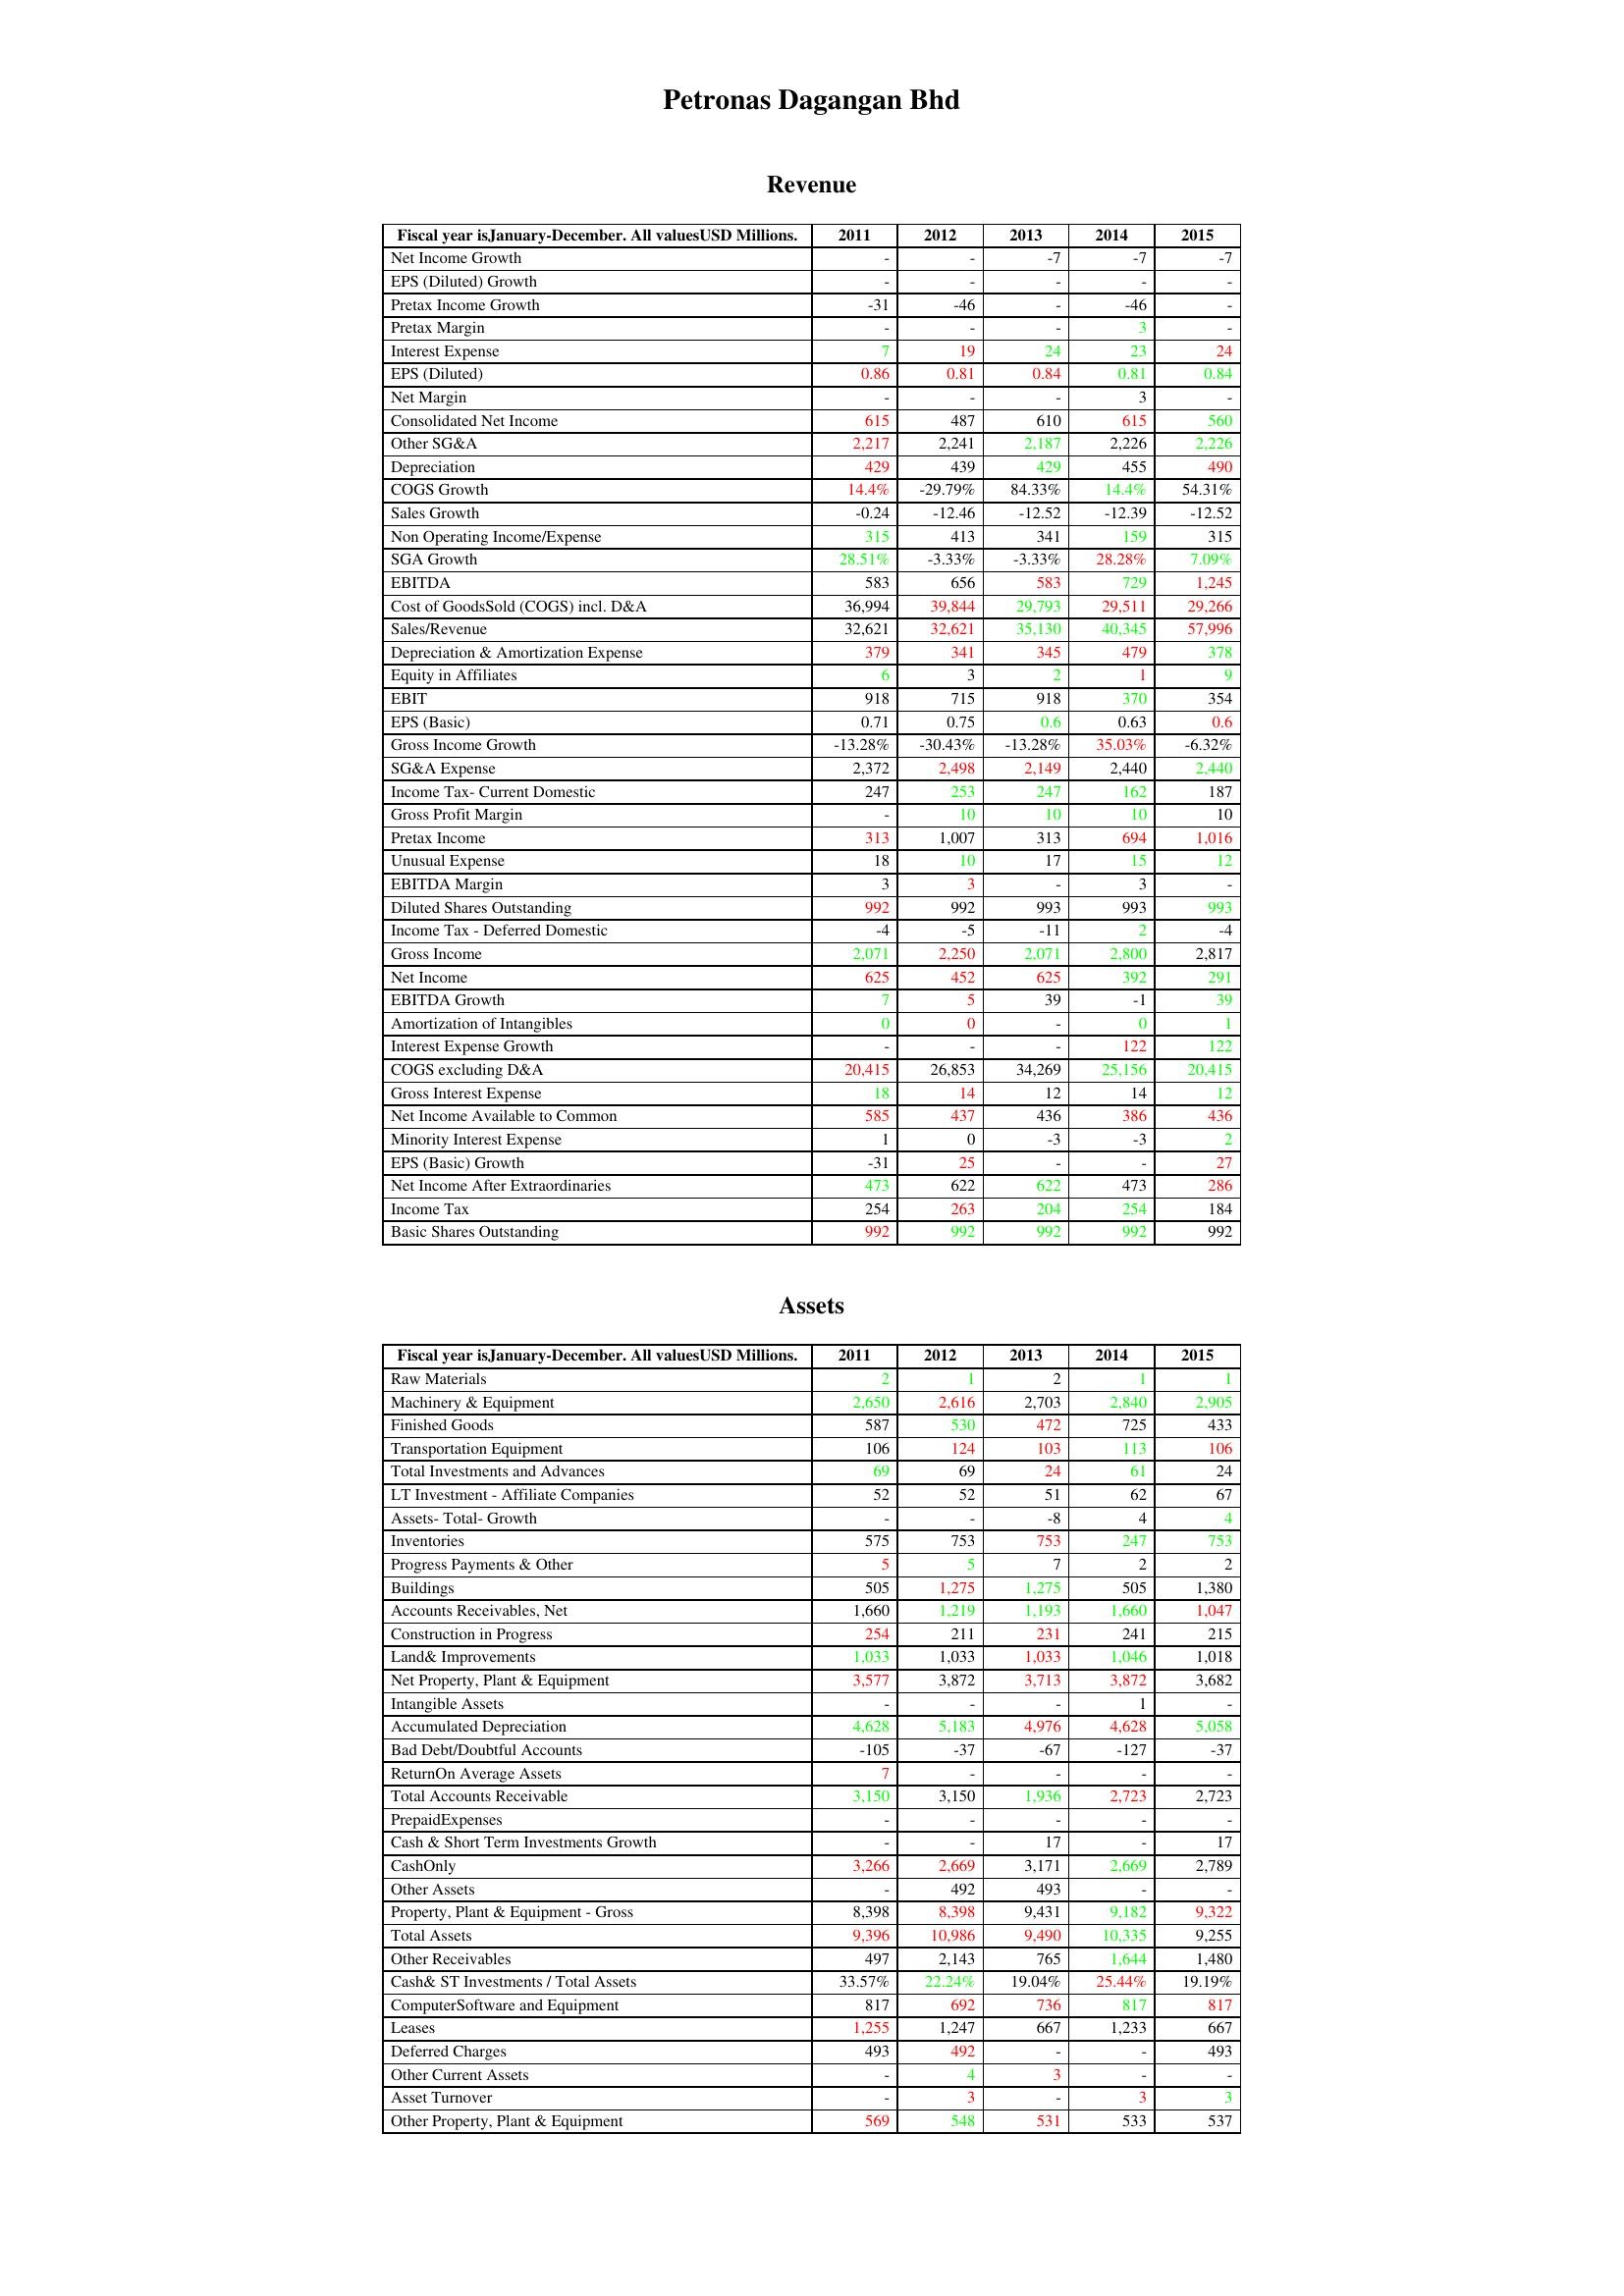
gt_parse: 2011: Revenue: Net Income Growth: -
EPS (Diluted) Growth: -
Pretax Income Growth: -31
Pretax Margin: -
Interest Expense: 7
EPS (Diluted): 0.86
Net Margin: -
Consolidated Net Income: 615
Other SG&A: 2,217
Depreciation: 429
COGS Growth: 14.4%
Sales Growth: -0.24
Non Operating Income/Expense: 315
SGA Growth: 28.51%
EBITDA: 583
Cost of GoodsSold (COGS) incl. D&A: 36,994
Sales/Revenue: 32,621
Depreciation & Amortization Expense: 379
Equity in Affiliates: 6
EBIT: 918
EPS (Basic): 0.71
Gross Income Growth: -13.28%
SG&A Expense: 2,372
Income Tax- Current Domestic: 247
Gross Profit Margin: -
Pretax Income: 313
Unusual Expense: 18
EBITDA Margin: 3
Diluted Shares Outstanding: 992
Income Tax - Deferred Domestic: -4
Gross Income: 2,071
Net Income: 625
EBITDA Growth: 7
Amortization of Intangibles: 0
Interest Expense Growth: -
COGS excluding D&A: 20,415
Gross Interest Expense: 18
Net Income Available to Common: 585
Minority Interest Expense: 1
EPS (Basic) Growth: -31
Net Income After Extraordinaries: 473
Income Tax: 254
Basic Shares Outstanding: 992
Assets: Raw Materials: 2
Machinery & Equipment: 2,650
Finished Goods: 587
Transportation Equipment: 106
Total Investments and Advances: 69
LT Investment - Affiliate Companies: 52
Assets- Total- Growth: -
Inventories: 575
Progress Payments & Other: 5
Buildings: 505
Accounts Receivables, Net: 1,660
Construction in Progress: 254
Land& Improvements: 1,033
Net Property, Plant & Equipment: 3,577
Intangible Assets: -
Accumulated Depreciation: 4,628
Bad Debt/Doubtful Accounts: -105
ReturnOn Average Assets: 7
Total Accounts Receivable: 3,150
PrepaidExpenses: -
Cash & Short Term Investments Growth: -
CashOnly: 3,266
Other Assets: -
Property, Plant & Equipment - Gross : 8,398
Total Assets: 9,396
Other Receivables: 497
Cash& ST Investments / Total Assets: 33.57%
ComputerSoftware and Equipment: 817
Leases: 1,255
Deferred Charges: 493
Other Current Assets: -
Asset Turnover: -
Other Property, Plant & Equipment: 569
2012: Revenue: Net Income Growth: -
EPS (Diluted) Growth: -
Pretax Income Growth: -46
Pretax Margin: -
Interest Expense: 19
EPS (Diluted): 0.81
Net Margin: -
Consolidated Net Income: 487
Other SG&A: 2,241
Depreciation: 439
COGS Growth: -29.79%
Sales Growth: -12.46
Non Operating Income/Expense: 413
SGA Growth: -3.33%
EBITDA: 656
Cost of GoodsSold (COGS) incl. D&A: 39,844
Sales/Revenue: 32,621
Depreciation & Amortization Expense: 341
Equity in Affiliates: 3
EBIT: 715
EPS (Basic): 0.75
Gross Income Growth: -30.43%
SG&A Expense: 2,498
Income Tax- Current Domestic: 253
Gross Profit Margin: 10
Pretax Income: 1,007
Unusual Expense: 10
EBITDA Margin: 3
Diluted Shares Outstanding: 992
Income Tax - Deferred Domestic: -5
Gross Income: 2,250
Net Income: 452
EBITDA Growth: 5
Amortization of Intangibles: 0
Interest Expense Growth: -
COGS excluding D&A: 26,853
Gross Interest Expense: 14
Net Income Available to Common: 437
Minority Interest Expense: 0
EPS (Basic) Growth: 25
Net Income After Extraordinaries: 622
Income Tax: 263
Basic Shares Outstanding: 992
Assets: Raw Materials: 1
Machinery & Equipment: 2,616
Finished Goods: 530
Transportation Equipment: 124
Total Investments and Advances: 69
LT Investment - Affiliate Companies: 52
Assets- Total- Growth: -
Inventories: 753
Progress Payments & Other: 5
Buildings: 1,275
Accounts Receivables, Net: 1,219
Construction in Progress: 211
Land& Improvements: 1,033
Net Property, Plant & Equipment: 3,872
Intangible Assets: -
Accumulated Depreciation: 5,183
Bad Debt/Doubtful Accounts: -37
ReturnOn Average Assets: -
Total Accounts Receivable: 3,150
PrepaidExpenses: -
Cash & Short Term Investments Growth: -
CashOnly: 2,669
Other Assets: 492
Property, Plant & Equipment - Gross : 8,398
Total Assets: 10,986
Other Receivables: 2,143
Cash& ST Investments / Total Assets: 22.24%
ComputerSoftware and Equipment: 692
Leases: 1,247
Deferred Charges: 492
Other Current Assets: 4
Asset Turnover: 3
Other Property, Plant & Equipment: 548
2013: Revenue: Net Income Growth: -7
EPS (Diluted) Growth: -
Pretax Income Growth: -
Pretax Margin: -
Interest Expense: 24
EPS (Diluted): 0.84
Net Margin: -
Consolidated Net Income: 610
Other SG&A: 2,187
Depreciation: 429
COGS Growth: 84.33%
Sales Growth: -12.52
Non Operating Income/Expense: 341
SGA Growth: -3.33%
EBITDA: 583
Cost of GoodsSold (COGS) incl. D&A: 29,793
Sales/Revenue: 35,130
Depreciation & Amortization Expense: 345
Equity in Affiliates: 2
EBIT: 918
EPS (Basic): 0.6
Gross Income Growth: -13.28%
SG&A Expense: 2,149
Income Tax- Current Domestic: 247
Gross Profit Margin: 10
Pretax Income: 313
Unusual Expense: 17
EBITDA Margin: -
Diluted Shares Outstanding: 993
Income Tax - Deferred Domestic: -11
Gross Income: 2,071
Net Income: 625
EBITDA Growth: 39
Amortization of Intangibles: -
Interest Expense Growth: -
COGS excluding D&A: 34,269
Gross Interest Expense: 12
Net Income Available to Common: 436
Minority Interest Expense: -3
EPS (Basic) Growth: -
Net Income After Extraordinaries: 622
Income Tax: 204
Basic Shares Outstanding: 992
Assets: Raw Materials: 2
Machinery & Equipment: 2,703
Finished Goods: 472
Transportation Equipment: 103
Total Investments and Advances: 24
LT Investment - Affiliate Companies: 51
Assets- Total- Growth: -8
Inventories: 753
Progress Payments & Other: 7
Buildings: 1,275
Accounts Receivables, Net: 1,193
Construction in Progress: 231
Land& Improvements: 1,033
Net Property, Plant & Equipment: 3,713
Intangible Assets: -
Accumulated Depreciation: 4,976
Bad Debt/Doubtful Accounts: -67
ReturnOn Average Assets: -
Total Accounts Receivable: 1,936
PrepaidExpenses: -
Cash & Short Term Investments Growth: 17
CashOnly: 3,171
Other Assets: 493
Property, Plant & Equipment - Gross : 9,431
Total Assets: 9,490
Other Receivables: 765
Cash& ST Investments / Total Assets: 19.04%
ComputerSoftware and Equipment: 736
Leases: 667
Deferred Charges: -
Other Current Assets: 3
Asset Turnover: -
Other Property, Plant & Equipment: 531
2014: Revenue: Net Income Growth: -7
EPS (Diluted) Growth: -
Pretax Income Growth: -46
Pretax Margin: 3
Interest Expense: 23
EPS (Diluted): 0.81
Net Margin: 3
Consolidated Net Income: 615
Other SG&A: 2,226
Depreciation: 455
COGS Growth: 14.4%
Sales Growth: -12.39
Non Operating Income/Expense: 159
SGA Growth: 28.28%
EBITDA: 729
Cost of GoodsSold (COGS) incl. D&A: 29,511
Sales/Revenue: 40,345
Depreciation & Amortization Expense: 479
Equity in Affiliates: 1
EBIT: 370
EPS (Basic): 0.63
Gross Income Growth: 35.03%
SG&A Expense: 2,440
Income Tax- Current Domestic: 162
Gross Profit Margin: 10
Pretax Income: 694
Unusual Expense: 15
EBITDA Margin: 3
Diluted Shares Outstanding: 993
Income Tax - Deferred Domestic: 2
Gross Income: 2,800
Net Income: 392
EBITDA Growth: -1
Amortization of Intangibles: 0
Interest Expense Growth: 122
COGS excluding D&A: 25,156
Gross Interest Expense: 14
Net Income Available to Common: 386
Minority Interest Expense: -3
EPS (Basic) Growth: -
Net Income After Extraordinaries: 473
Income Tax: 254
Basic Shares Outstanding: 992
Assets: Raw Materials: 1
Machinery & Equipment: 2,840
Finished Goods: 725
Transportation Equipment: 113
Total Investments and Advances: 61
LT Investment - Affiliate Companies: 62
Assets- Total- Growth: 4
Inventories: 247
Progress Payments & Other: 2
Buildings: 505
Accounts Receivables, Net: 1,660
Construction in Progress: 241
Land& Improvements: 1,046
Net Property, Plant & Equipment: 3,872
Intangible Assets: 1
Accumulated Depreciation: 4,628
Bad Debt/Doubtful Accounts: -127
ReturnOn Average Assets: -
Total Accounts Receivable: 2,723
PrepaidExpenses: -
Cash & Short Term Investments Growth: -
CashOnly: 2,669
Other Assets: -
Property, Plant & Equipment - Gross : 9,182
Total Assets: 10,335
Other Receivables: 1,644
Cash& ST Investments / Total Assets: 25.44%
ComputerSoftware and Equipment: 817
Leases: 1,233
Deferred Charges: -
Other Current Assets: -
Asset Turnover: 3
Other Property, Plant & Equipment: 533
2015: Revenue: Net Income Growth: -7
EPS (Diluted) Growth: -
Pretax Income Growth: -
Pretax Margin: -
Interest Expense: 24
EPS (Diluted): 0.84
Net Margin: -
Consolidated Net Income: 560
Other SG&A: 2,226
Depreciation: 490
COGS Growth: 54.31%
Sales Growth: -12.52
Non Operating Income/Expense: 315
SGA Growth: 7.09%
EBITDA: 1,245
Cost of GoodsSold (COGS) incl. D&A: 29,266
Sales/Revenue: 57,996
Depreciation & Amortization Expense: 378
Equity in Affiliates: 9
EBIT: 354
EPS (Basic): 0.6
Gross Income Growth: -6.32%
SG&A Expense: 2,440
Income Tax- Current Domestic: 187
Gross Profit Margin: 10
Pretax Income: 1,016
Unusual Expense: 12
EBITDA Margin: -
Diluted Shares Outstanding: 993
Income Tax - Deferred Domestic: -4
Gross Income: 2,817
Net Income: 291
EBITDA Growth: 39
Amortization of Intangibles: 1
Interest Expense Growth: 122
COGS excluding D&A: 20,415
Gross Interest Expense: 12
Net Income Available to Common: 436
Minority Interest Expense: 2
EPS (Basic) Growth: 27
Net Income After Extraordinaries: 286
Income Tax: 184
Basic Shares Outstanding: 992
Assets: Raw Materials: 1
Machinery & Equipment: 2,905
Finished Goods: 433
Transportation Equipment: 106
Total Investments and Advances: 24
LT Investment - Affiliate Companies: 67
Assets- Total- Growth: 4
Inventories: 753
Progress Payments & Other: 2
Buildings: 1,380
Accounts Receivables, Net: 1,047
Construction in Progress: 215
Land& Improvements: 1,018
Net Property, Plant & Equipment: 3,682
Intangible Assets: -
Accumulated Depreciation: 5,058
Bad Debt/Doubtful Accounts: -37
ReturnOn Average Assets: -
Total Accounts Receivable: 2,723
PrepaidExpenses: -
Cash & Short Term Investments Growth: 17
CashOnly: 2,789
Other Assets: -
Property, Plant & Equipment - Gross : 9,322
Total Assets: 9,255
Other Receivables: 1,480
Cash& ST Investments / Total Assets: 19.19%
ComputerSoftware and Equipment: 817
Leases: 667
Deferred Charges: 493
Other Current Assets: -
Asset Turnover: 3
Other Property, Plant & Equipment: 537